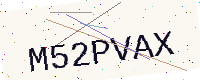
Text: M52PVAX